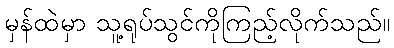
မှန်ထဲမှာ သူ့ရုပ်သွင်ကိုကြည့်လိုက်သည်။